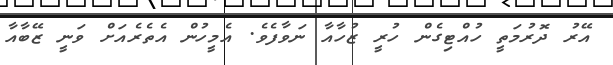
އޭރު ދޮރުމަތީ ހުއްޓިގެން ހުރީ ޒުހާއާ ނަވާފެވެ. އެމީހުން އެތެރެއަށް ވަނީ ޒޭބާއާ